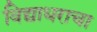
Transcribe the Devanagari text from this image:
विद्याधराचा